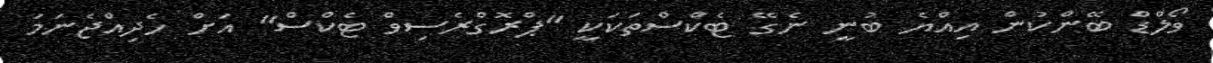
ވޯލްޑް ބޭންކުން އިއްޔެ ބުނީ ނެގޭ ޓެކްސްތަކަކީ "ޕްރޮގްރެސިވް ޓެކްސް" އަށް ހެދިއްޖެނަމަ